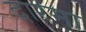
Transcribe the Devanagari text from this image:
दारमा